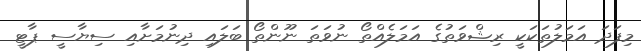
މިފަދަ އަމަލުތަކަކީ ރިޝްވަތުގެ އަމަލެއްތޯ ނުވަތަ ނޫންތޯ ބަލައި ދިނުމަށާއި ސިޔާސީ ޕާޓީ